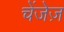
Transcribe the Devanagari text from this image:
चेंजेज़